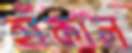
হাঁকাল